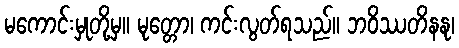
မကောင်းမှုတို့မှ။ မုတ္တော၊ ကင်းလွတ်ရသည်။ ဘဝိဿတိနနု၊